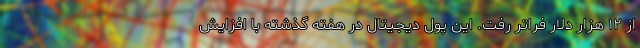
از ۱۲ هزار دلار فراتر رفت. این پول دیجیتال در هفته گذشته با افزایش